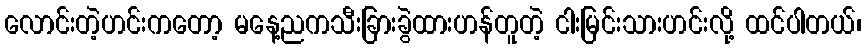
လောင်းတဲ့ဟင်းကတော့ မနေ့ညကသီးခြားခွဲထားဟန်တူတဲ့ ငါးမြင်းသားဟင်းလို့ ထင်ပါတယ်၊